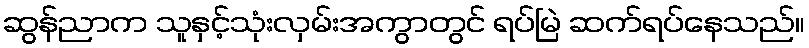
ဆွန်ညာက သူနှင့်သုံးလှမ်းအကွာတွင် ရပ်မြဲ ဆက်ရပ်နေသည်။